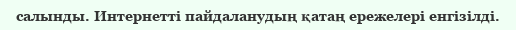
салынды. Интернетті пайдаланудың қатаң ережелері енгізілді.